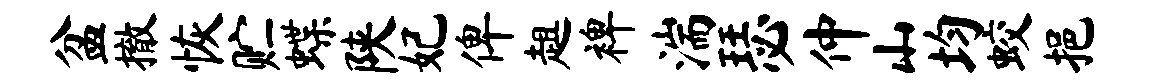
盆撤恢贮蝶陕妃俾趄裨湍瑟仲山均蛟挹